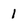
Character: 1